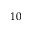
1 0